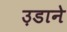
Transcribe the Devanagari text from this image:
उ़डाने